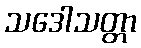
သဒေါသတ္တာ